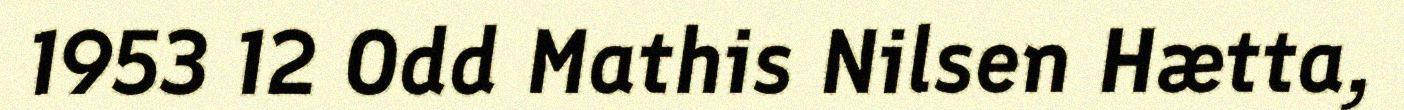
1953 12 Odd Mathis Nilsen Hætta,